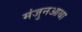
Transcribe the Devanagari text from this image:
मंजुनआथा